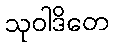
သုဝါဒိတေ